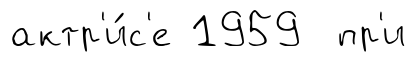
актр'и́с'е 1959 пр'и